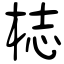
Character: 梽